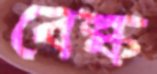
বেল্ক